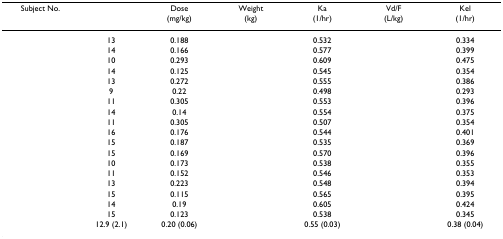
<table><thead><tr><td><b>Subject No.</b></td><td>[EMPTY_CELL]</td><td><b>Dose(mg/kg)</b></td><td><b>Weight(kg)</b></td><td><b>Ka(1/hr)</b></td><td><b>Vd/F(L/kg)</b></td><td><b>Kel(1/hr)</b></td></tr></thead><tbody><tr><td>[EMPTY_CELL]</td><td>13</td><td>0.188</td><td>[EMPTY_CELL]</td><td>0.532</td><td>[EMPTY_CELL]</td><td>0.334</td></tr><tr><td>[EMPTY_CELL]</td><td>14</td><td>0.166</td><td>[EMPTY_CELL]</td><td>0.577</td><td>[EMPTY_CELL]</td><td>0.399</td></tr><tr><td>[EMPTY_CELL]</td><td>10</td><td>0.293</td><td>[EMPTY_CELL]</td><td>0.609</td><td>[EMPTY_CELL]</td><td>0.475</td></tr><tr><td>[EMPTY_CELL]</td><td>14</td><td>0.125</td><td>[EMPTY_CELL]</td><td>0.545</td><td>[EMPTY_CELL]</td><td>0.354</td></tr><tr><td>[EMPTY_CELL]</td><td>13</td><td>0.272</td><td>[EMPTY_CELL]</td><td>0.555</td><td>[EMPTY_CELL]</td><td>0.386</td></tr><tr><td>[EMPTY_CELL]</td><td>9</td><td>0.22</td><td>[EMPTY_CELL]</td><td>0.498</td><td>[EMPTY_CELL]</td><td>0.293</td></tr><tr><td>[EMPTY_CELL]</td><td>11</td><td>0.305</td><td>[EMPTY_CELL]</td><td>0.553</td><td>[EMPTY_CELL]</td><td>0.396</td></tr><tr><td>[EMPTY_CELL]</td><td>14</td><td>0.14</td><td>[EMPTY_CELL]</td><td>0.554</td><td>[EMPTY_CELL]</td><td>0.375</td></tr><tr><td>[EMPTY_CELL]</td><td>11</td><td>0.305</td><td>[EMPTY_CELL]</td><td>0.507</td><td>[EMPTY_CELL]</td><td>0.354</td></tr><tr><td>[EMPTY_CELL]</td><td>16</td><td>0.176</td><td>[EMPTY_CELL]</td><td>0.544</td><td>[EMPTY_CELL]</td><td>0.401</td></tr><tr><td>[EMPTY_CELL]</td><td>15</td><td>0.187</td><td>[EMPTY_CELL]</td><td>0.535</td><td>[EMPTY_CELL]</td><td>0.369</td></tr><tr><td>[EMPTY_CELL]</td><td>15</td><td>0.169</td><td>[EMPTY_CELL]</td><td>0.570</td><td>[EMPTY_CELL]</td><td>0.396</td></tr><tr><td>[EMPTY_CELL]</td><td>10</td><td>0.173</td><td>[EMPTY_CELL]</td><td>0.538</td><td>[EMPTY_CELL]</td><td>0.355</td></tr><tr><td>[EMPTY_CELL]</td><td>11</td><td>0.152</td><td>[EMPTY_CELL]</td><td>0.546</td><td>[EMPTY_CELL]</td><td>0.353</td></tr><tr><td>[EMPTY_CELL]</td><td>13</td><td>0.223</td><td>[EMPTY_CELL]</td><td>0.548</td><td>[EMPTY_CELL]</td><td>0.394</td></tr><tr><td>[EMPTY_CELL]</td><td>15</td><td>0.115</td><td>[EMPTY_CELL]</td><td>0.565</td><td>[EMPTY_CELL]</td><td>0.395</td></tr><tr><td>[EMPTY_CELL]</td><td>14</td><td>0.19</td><td>[EMPTY_CELL]</td><td>0.605</td><td>[EMPTY_CELL]</td><td>0.424</td></tr><tr><td>[EMPTY_CELL]</td><td>15</td><td>0.123</td><td>[EMPTY_CELL]</td><td>0.538</td><td>[EMPTY_CELL]</td><td>0.345</td></tr><tr><td>[EMPTY_CELL]</td><td>12.9 (2.1)</td><td>0.20 (0.06)</td><td>[EMPTY_CELL]</td><td>0.55 (0.03)</td><td>[EMPTY_CELL]</td><td>0.38 (0.04)</td></tr></tbody></table>